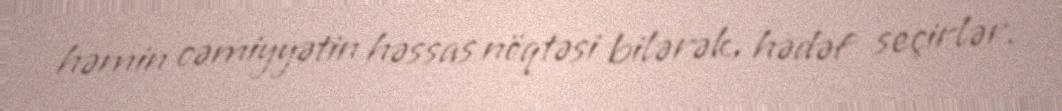
həmin cəmiyyətin həssas nöqtəsi bilərək, hədəf seçirlər.